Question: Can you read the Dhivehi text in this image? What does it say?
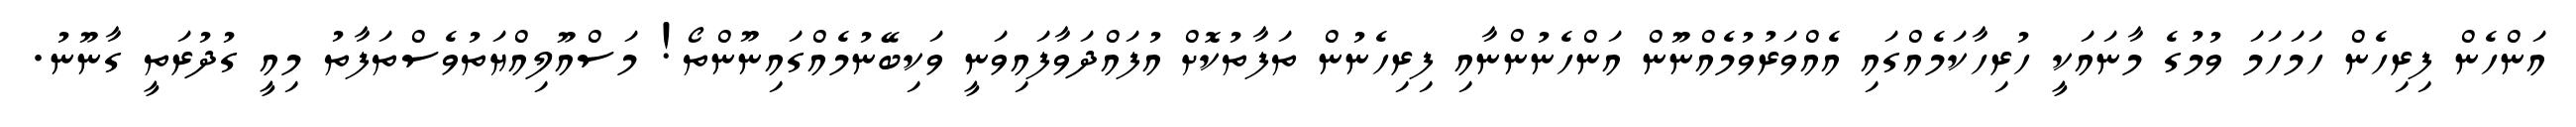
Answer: އަންހެން ފިރިހެން ހަމަހަމަ ވުމުގެ މާނައަކީ ހުރިހާކަމެއްގައި އެއްވަރުވުމެއްނޫން އަންހެނުންނާއި ފިރިހެނުން ތަފާތުކޮށް އުފައްދަވާފައިވަނީ ވަކިބޭނުމެއްގައިނޫންތޯ! މަސްއޫލިއްޔަތުވެސްތަފާތު މިއީ ގުދުރަތީ ގާނޫނު.